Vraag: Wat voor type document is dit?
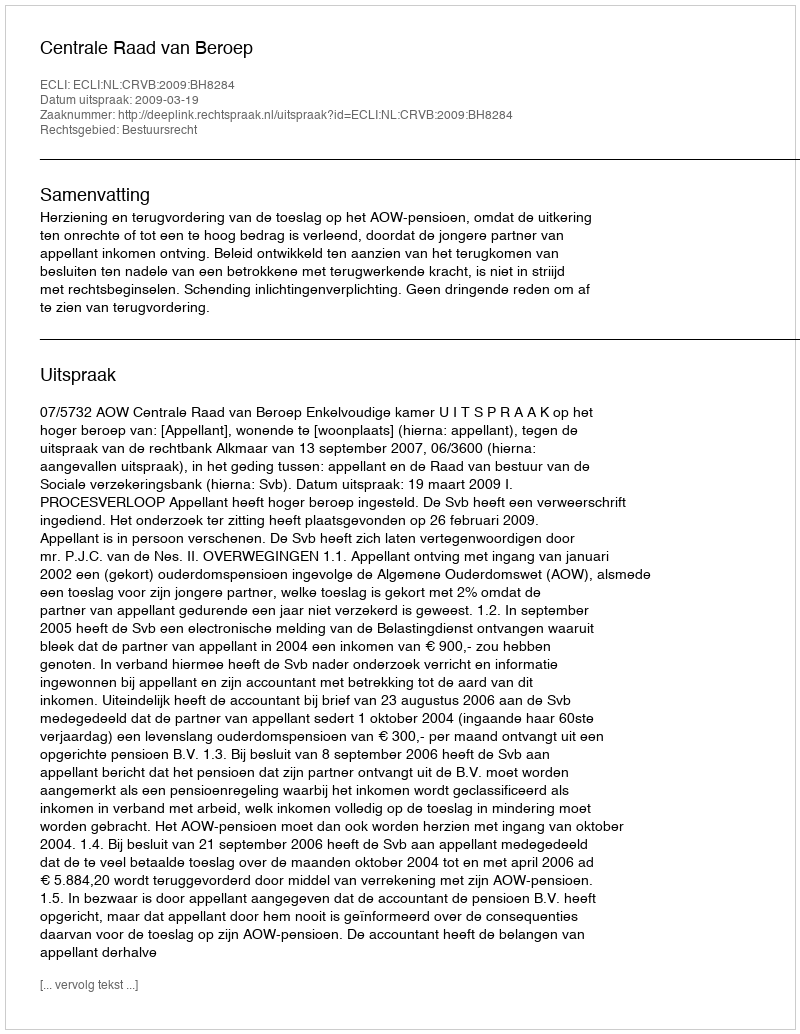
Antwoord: Uitspraak